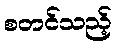
စတင်သည့်